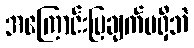
အကြောင်းပြချက်မရှိဘဲ